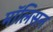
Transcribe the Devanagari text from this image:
मॉलिसन